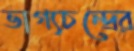
ভাগ্যচন্দ্রের